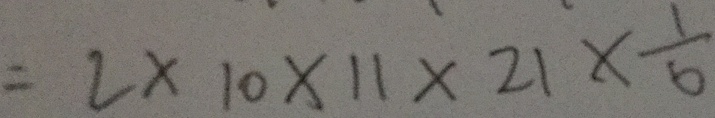
= 2 \times 1 0 \times 1 1 \times 2 1 \times \frac { 1 } { 6 }